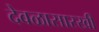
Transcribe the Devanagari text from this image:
देवळासारखी